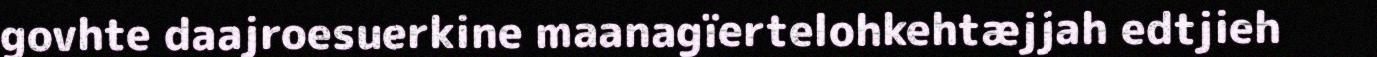
govhte daajroesuerkine maanagïertelohkehtæjjah edtjieh